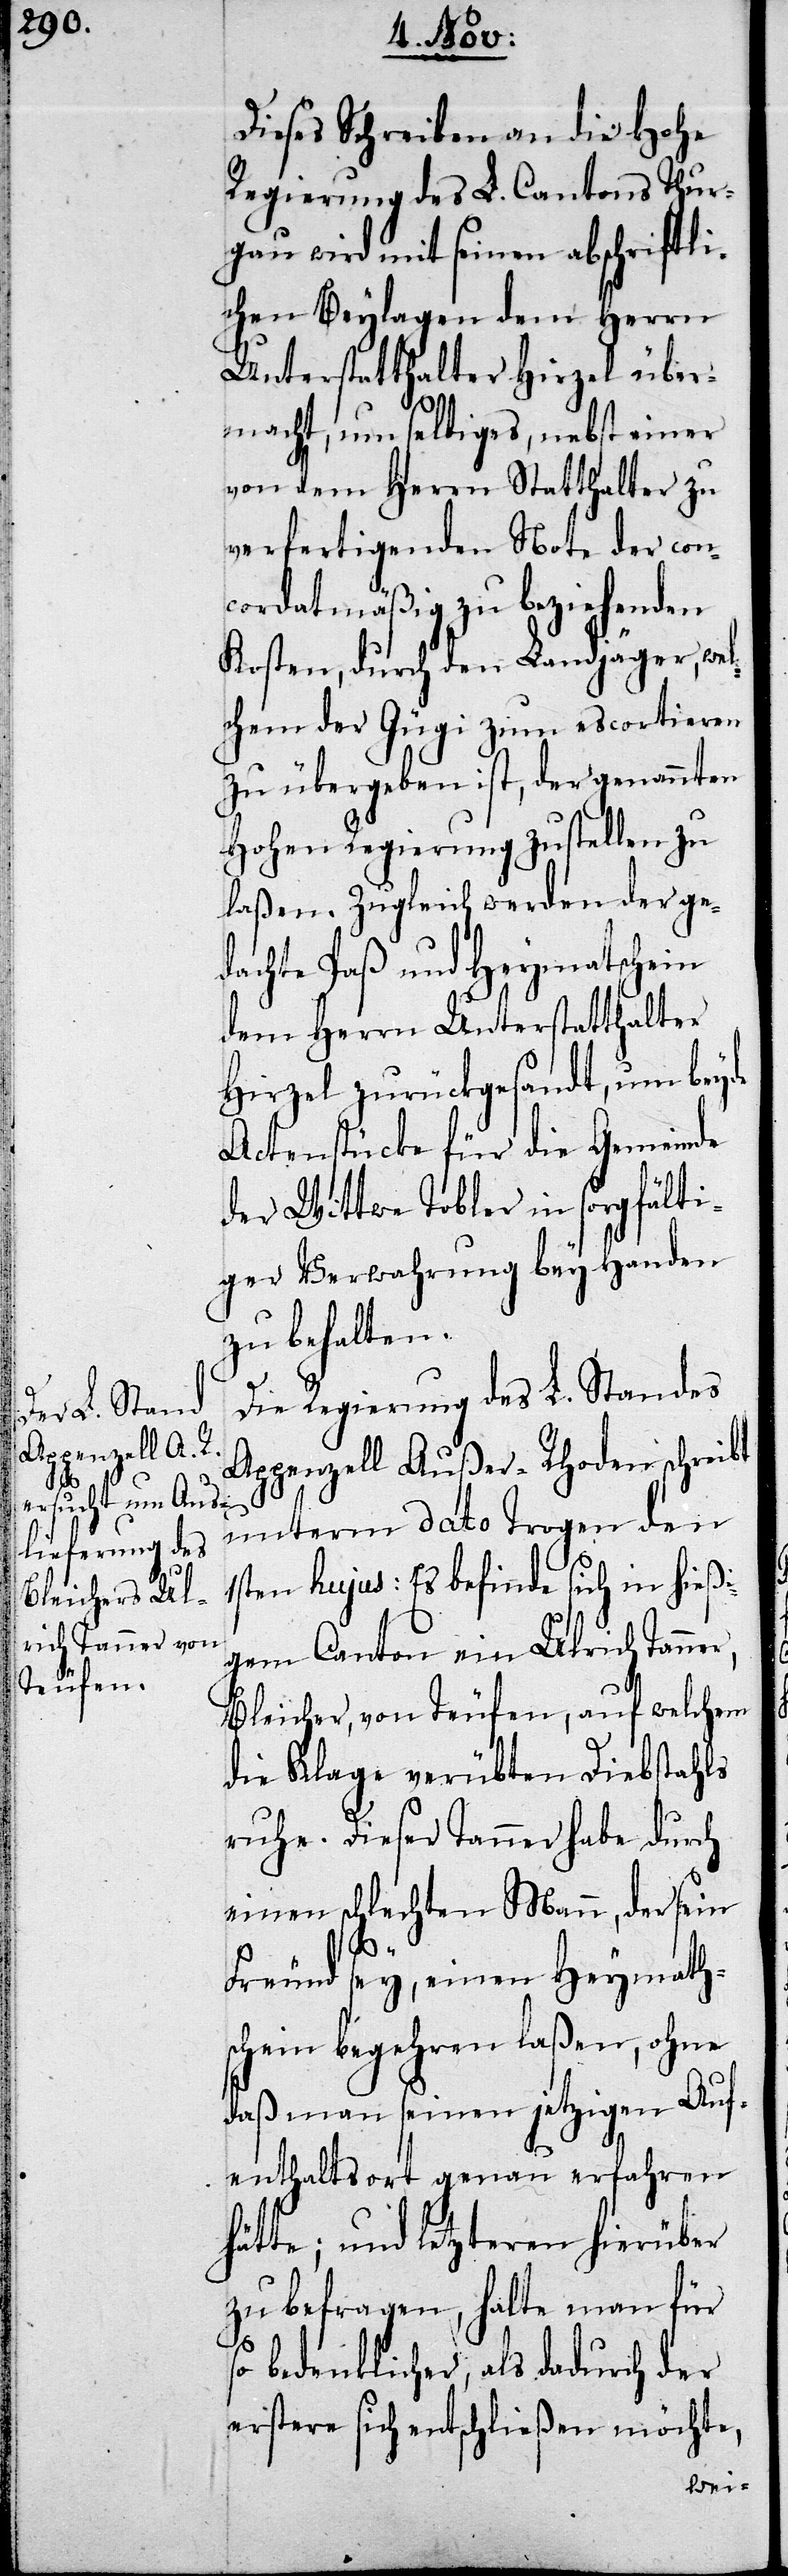
Dieses Schreiben an die Hohe
Regierung des L. Cantons Thur¬
gau wird mit seinen abschriftli¬
chen Beylagen dem Herrn
Unterstatthalter Hirzel über¬
macht, um selbiges, nebst einer
von dem Herrn Statthalter zu
verfertigenden Note der con¬
cordatmäßig zu beziehenden
Kosten, durch den Landjäger, wel¬
chem der Gügi zum escortieren
zu übergeben ist, der genannten
Hohen Regierung zustellen zu
laßen. Zugleich werden der ge¬
dachte Paß und Heymathschein
dem Herrn Unterstatthalter
Hirzel zurückgesandt, um beyde
Actenstücke für die Gemeinde
der Wittwe Tobler in sorgfälti¬
ger Verwahrung bey Handen
zu behalten.
Die Regierung des L. Standes
Appenzell Außer-Rhoden schreibt
unterm dato Trogen den
1sten hujus: Es befinde sich in hießi¬
gem Canton ein Ulrich Tanner,
Bleicher, von Teufen, auf welchem
die Klage verübten Diebstahls
ruhe. Dieser Tanner habe durch
einen schlechten Mann, der sein
Freund sey, einen Heymath¬
schein begehren laßen, ohne
daß man seinen jetzigen Auf¬
enthaltsort genau erfahren
hätte; und letzteren hierüber
zu befragen, halte man für
bedenklicher, als dadurch der
erstere sich entschließen möchte,